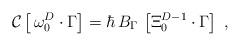
LaTeX: \begin{align*}{\cal C}\left[ \,\omega _0^D\cdot \Gamma \right] =\hbar \,B_\Gamma \,\left[\Xi _0^{D-1}\cdot \Gamma \right] \;, \end{align*}